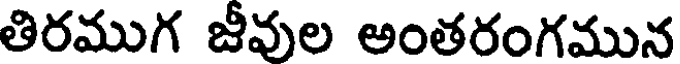
తిరముగ జీవుల అంతరంగమున